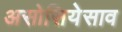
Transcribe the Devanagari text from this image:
असोसियेसाव